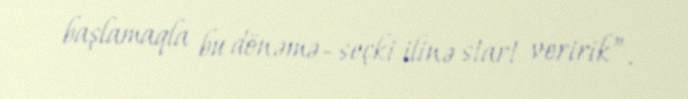
başlamaqla bu dönəmə- seçki ilinə start veririk”.